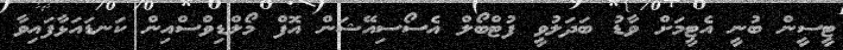
ޓީސީން ބުނީ އެޓީމަށް ވާޑު ބަދަލުވީ ފުޓްބޯލް އެސޯސިއޭޝަން އޮފް މޯލްޑިވްސްއިން ކަނޑައަޅާފައިވާ